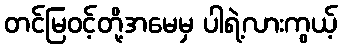
တင်မြဝင့်တို့အမေမှ ပါရဲ့လားကွယ့်